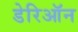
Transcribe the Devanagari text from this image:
डेरिऑन